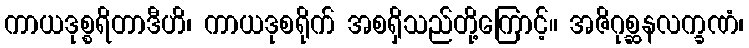
ကာယဒုစ္စရိတာဒီဟိ၊ ကာယဒုစရိုက် အစရှိသည်တို့ကြောင့်။ အဇိဂုစ္ဆနလက္ခဏံ၊